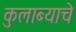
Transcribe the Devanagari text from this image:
कुलाब्याचे